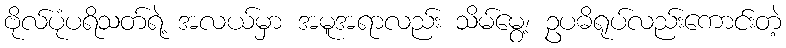
ဗိုလ်ပုံပရိသတ်ရဲ့ အလယ်မှာ အမူအရာလည်း သိမ်မွေ့၊ ဥပဓိရုပ်လည်းကောင်းတဲ့